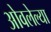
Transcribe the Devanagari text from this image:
ओवलेल्या